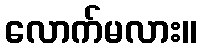
လောက်မလား။